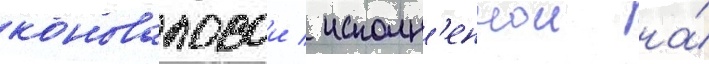
коноваловои / исполн'еннои на́